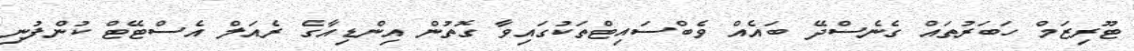
ޓޫރިޒަމް ހަބަރުތައް ގެނެސްދޭ ބައެއް ވެބްސައިޓްތަކުގައިވާ ގޮތުން އިންޑިއާގެ ރެއަލް އެސްޓޭޓް ކުންފުނި